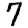
Digit: 7